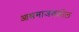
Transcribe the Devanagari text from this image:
आश्रमाजवळील